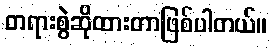
တရားစွဲဆိုထားတာဖြစ်ပါတယ်။